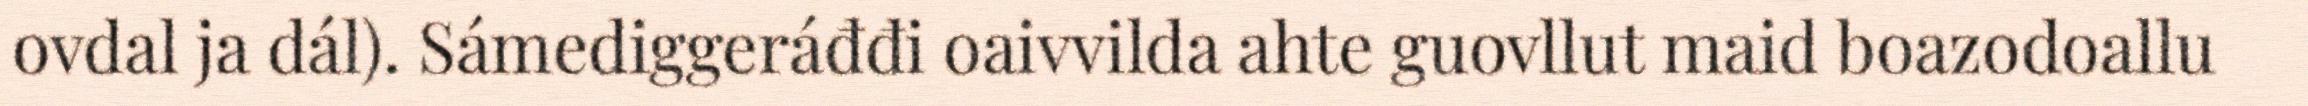
ovdal ja dál). Sámediggeráđđi oaivvilda ahte guovllut maid boazodoallu